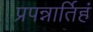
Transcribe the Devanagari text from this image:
प्रपन्नार्तिहं